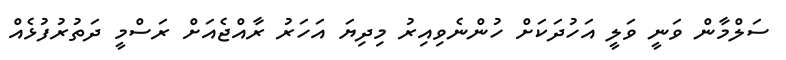
ސަލްމާން ވަނީ ވަލީ އަހުދަކަށް ހުންނެވިއިރު މިދިޔަ އަހަރު ރާއްޖެއަށް ރަސްމީ ދަތުރުފުޅެއް